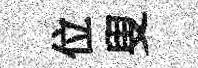
位叟